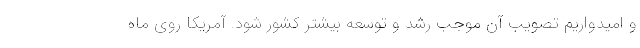
و امیدواریم تصویب آن موجب رشد و توسعه بیشتر کشور شود. آمریکا روی ماه